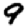
Digit: 9